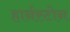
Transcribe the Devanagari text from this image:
हार्नस्टोन